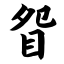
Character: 眢